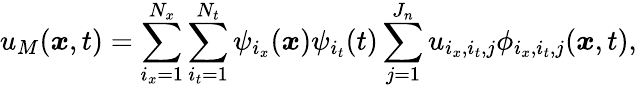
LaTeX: u_{M}(\boldsymbol{x},t)=\sum_{i_{x}=1}^{N_{x}}\sum_{i_{t}=1}^{N_{t}}\psi_{i_{x}}(\boldsymbol{x})\psi_{i_{t}}(t)\sum_{j=1}^{J_{n}}u_{i_{x},i_{t},j}\phi_{i_{x},i_{t},j}(\boldsymbol{x},t),